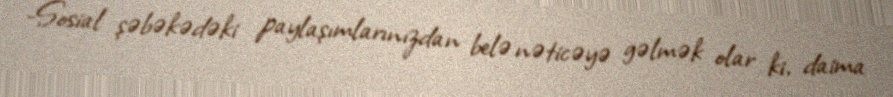
-Sosial şəbəkədəki paylaşımlarınızdan belə nəticəyə gəlmək olar ki, daima